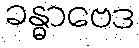
ခန္ဓာဗေဒ